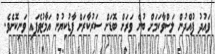
ވައުދު ފުއްދުން ލަސްވާކަމަށް ބުނެ ވަރަށް ބޮޑަށް ސަރުކާރަށް ފާޑުކިޔުން އަމާޒުވެފައި ވަނިކޮށެވެ.